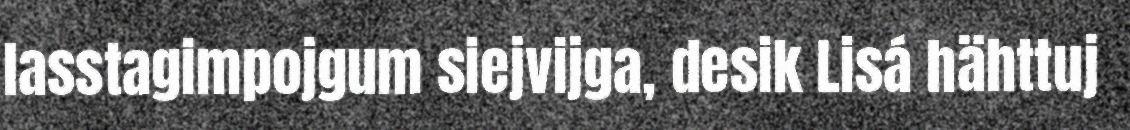
lasstagimpojgum siejvijga, desik Lisá hähttuj